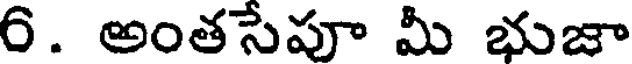
6. అంతసేపూ మీ భుజా